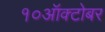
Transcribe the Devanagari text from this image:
१०ऑक्टोबर